Indian journal of veterinary science and animal husbandry - Volume 11,
Year: 1941
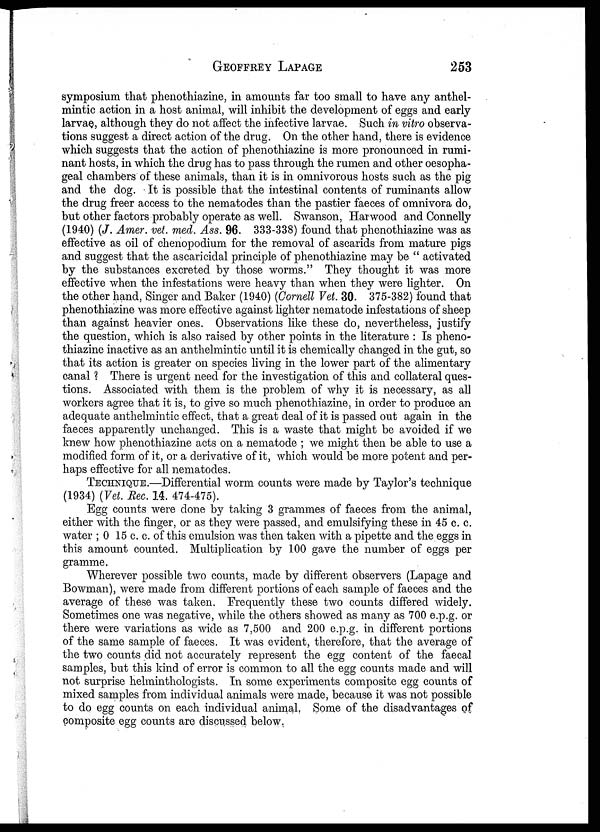
GEOFFREY
LAPAGE
253
symposium that phenothiazine, in amounts far too small to have any anthel-
mintic action in a host animal, will inhibit the development of eggs and early
larvae, although they do not affect the infective larvae. Such in vitro observa-
tions suggest a direct action of the drug. On the other hand, there is evidence
which suggests that the action of phenothiazine is more pronounced in rumi-
nant hosts, in which the drug has to pass through the rumen and other oesopha-
geal chambers of these animals, than it is in omnivorous hosts such as the pig
and the dog. It is possible that the intestinal contents of ruminants allow
the drug freer access to the nematodes than the pastier faeces of omnivora do,
but other factors probably operate as well. Swanson, Harwood and Connelly
(1940) (J. Amer. vet. med. Ass. 96. 333-338) found that phenothiazine was as
effective as oil of chenopodium for the removal of ascarids from mature pigs
and suggest that the ascaricidal principle of phenothiazine may be " activated
by the substances excreted by those worms." They thought it was more
effective when the infestations were heavy than when they were lighter. On
the other hand, Singer and Baker (1940) (Cornell Vet. 30. 375-382) found that
phenothiazine was more effective against lighter nematode infestations of sheep
than against heavier ones. Observations like these do, nevertheless, justify
the question, which is also raised by other points in the literature : Is pheno-
thiazine inactive as an anthelmintic until it is chemically changed in the gut, so
that its action is greater on species living in the lower part of the alimentary
canal ? There is urgent need for the investigation of this and collateral ques-
tions. Associated with them is the problem of why it is necessary, as all
workers agree that it is, to give so much phenothiazine, in order to produce an
adequate anthelmintic effect, that a great deal of it is passed out again in the
faeces apparently unchanged. This is a waste that might be avoided if we
knew how phenothiazine acts on a nematode ; we might then be able to use a
modified form of it, or a derivative of it, which would be more potent and per-
haps effective for all nematodes.
TECHNIQUE.—Differential worm counts were made by Taylor's technique
(1934) (Vet. Rec. 14. 474-475).
Egg counts were done by taking 3 g rammes of faeces from the animal,
either with the finger, or as they were passed, and emulsifying these in 45 c. c.
water ; 0 15 c. c. of this emulsion was then taken with a pipette and the eggs in
this amount counted. Multiplication by 100 gave the number of eggs per
gramme.
Wherever possible two counts, made by different observers (Lapage and
Bowman), were made from different portions of each sample of faeces and the
average of these was taken. Frequently these two counts differed widely.
Sometimes one was negative, while the others showed as many as 700 e.p.g. or
there were variations as wide as 7,500 and 200 e.p.g. in different portions
of the same sample of faeces. It was evident, therefore, that the average of
the two counts did not accurately represent the egg content of the faecal
samples, but this kind of error is common to all the egg counts made and will
not surprise helminthologists. In some experiments composite egg counts of
mixed samples from individual animals were made, because it was not possible
to do egg counts on each individual animal. Some of the disadvantages of
composite egg counts are discussed below.